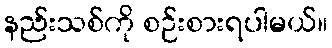
နည်းသစ်ကို စဉ်းစားရပါမယ်။